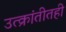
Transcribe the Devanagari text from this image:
उत्क्रांतीतही